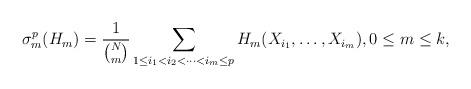
LaTeX: \begin{align*}\sigma _{m}^{p}(H_{m} )=\frac{1}{{\binom N m}}\sum_{1\leq i_{1}<i_{2}<\dots <i_{m}\leq p}H_{m} (X_{i_{1}},\dots ,X_{i_{m}}),0\leq m\leq k,\end{align*}